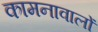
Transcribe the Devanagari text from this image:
कामनावालों